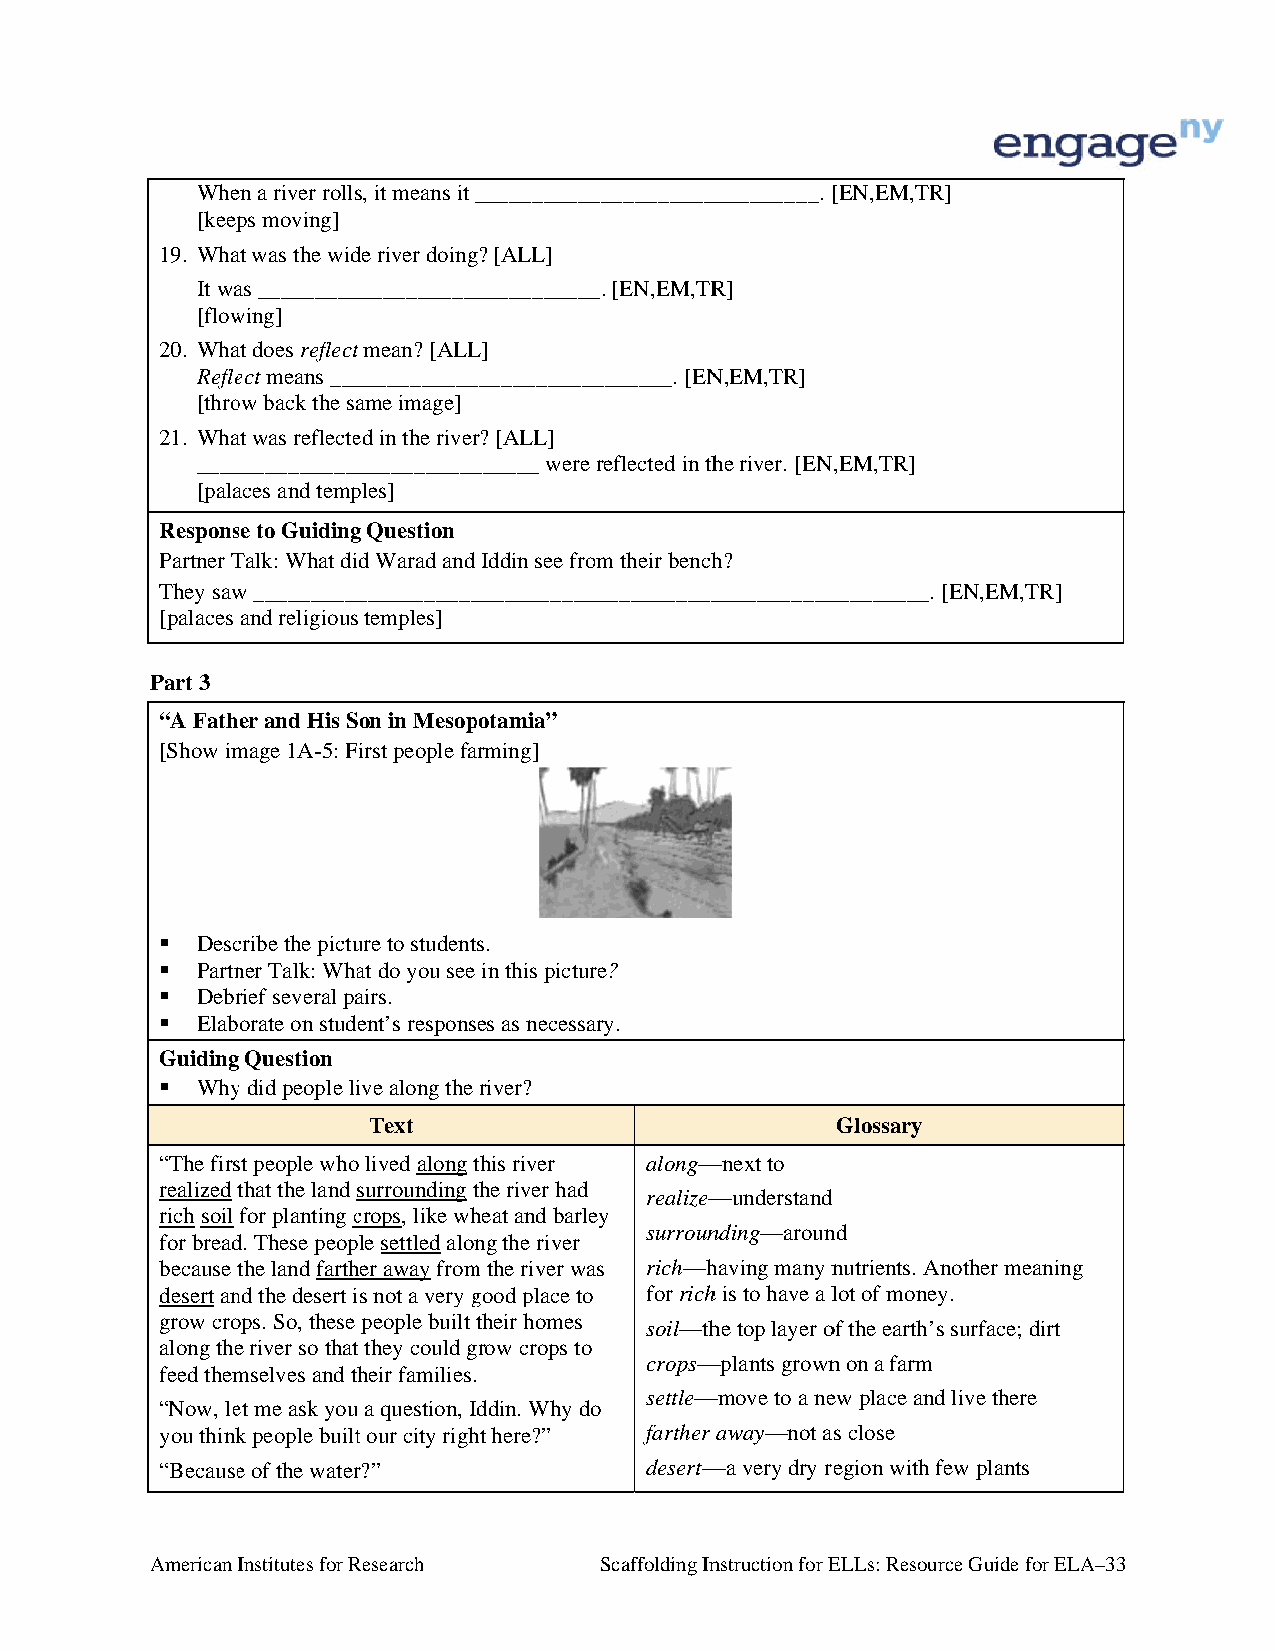
Wheen a river rollss, it means it _________________________________. [[EN,EM,TR]
 [keepps moving]
 19. Whaat was the widde river doingg? [ALL]
 It waas _________________________________. [EN,EM,TRR]
 [flowwing]
 20. Whaat does reflectt mean? [ALLL]
 Refleect means _________________________________. [ENN,EM,TR]
 [throow back the saame image]
 21. Whaat was reflecteed in the riverr? [ALL]
 _________________________________ were reflected in thhe river. [EN,,EM,TR]
 [palaaces and tempples]
 Responsse to Guidingg Question
 Partner TTalk: What diid Warad and Iddin see from their benchh?
 They saww ________________________________________________________________. [EEN,EM,TR]
 [palaces and religiouss temples]
 Part 3
 “A Father and His SSon in Mesoppotamia”
 [Show immage 1A-5: First people faarming]
  Desccribe the pictuure to students.
  Partnner Talk: Whaat do you see in this picturre?
  Debrrief several paairs.
  Elaborate on student’s responses as necessaary.
 Guidingg Question
  Whyy did people liive along the river?
 Text                           Glossary
 “The firsst people whoo lived along tthis river along——next to
 realized tthat the land surrounding tthe river had
 realize——understand
 rich soil for planting ccrops, like whheat and barleey
 surrounnding—arounnd
 for breadd. These peopple settled alonng the river
 because tthe land farthher away fromm the river waas rich—hhaving many nnutrients. Anoother meaning
 desert annd the desert iis not a very ggood place to for richh is to have a llot of money..
 grow croops. So, these people built ttheir homes
 soil—thhe top layer oof the earth’s ssurface; dirt
 along thee river so thatt they could ggrow crops to
 crops——plants grownn on a farm
 feed themmselves and thheir families.
 settle——move to a neew place and llive there
 “Now, leet me ask youu a question, Iddin. Why doo
 you thinkk people builtt our city righht here?” farther away—not ass close
 “Becausee of the waterr?”       desert——a very dry reegion with few plants
 American IInstitutes for RResearch Scaffolding Innstruction for EELLs: Resourcce Guide for ELLA–33